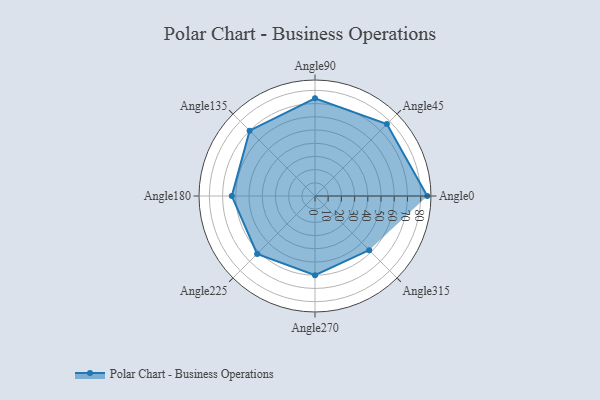
{"axis": {"x": "Angle", "y": "Radius"}, "legend": [""], "data": [{"x": "Angle0", "y": 85.0, "type": ""}, {"x": "Angle45", "y": 77.0, "type": ""}, {"x": "Angle90", "y": 74.0, "type": ""}, {"x": "Angle135", "y": 70.0, "type": ""}, {"x": "Angle180", "y": 63.0, "type": ""}, {"x": "Angle225", "y": 62.0, "type": ""}, {"x": "Angle270", "y": 60.0, "type": ""}, {"x": "Angle315", "y": 58.0, "type": ""}]}